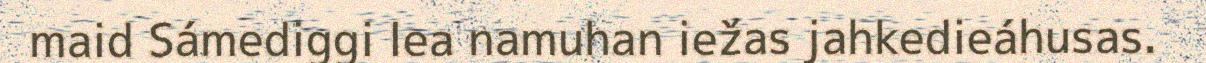
maid Sámediggi lea namuhan iežas jahkedieáhusas.